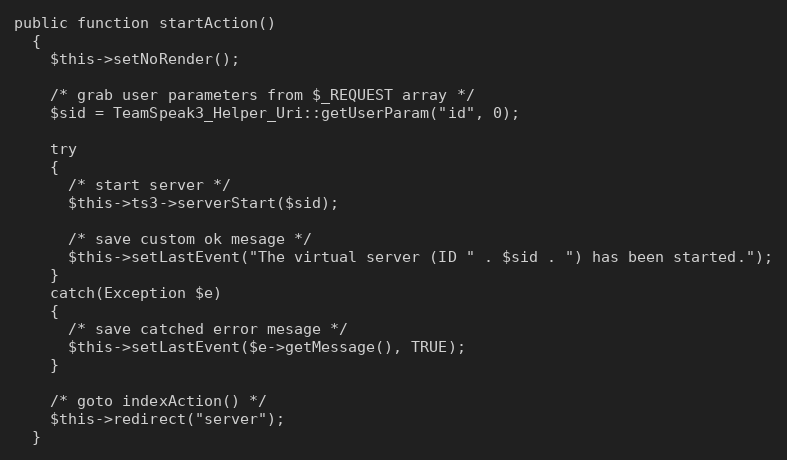
Language: PHP
public function startAction()
  {
    $this->setNoRender();

    /* grab user parameters from $_REQUEST array */
    $sid = TeamSpeak3_Helper_Uri::getUserParam("id", 0);

    try
    {
      /* start server */
      $this->ts3->serverStart($sid);

      /* save custom ok mesage */
      $this->setLastEvent("The virtual server (ID " . $sid . ") has been started.");
    }
    catch(Exception $e)
    {
      /* save catched error mesage */
      $this->setLastEvent($e->getMessage(), TRUE);
    }

    /* goto indexAction() */
    $this->redirect("server");
  }